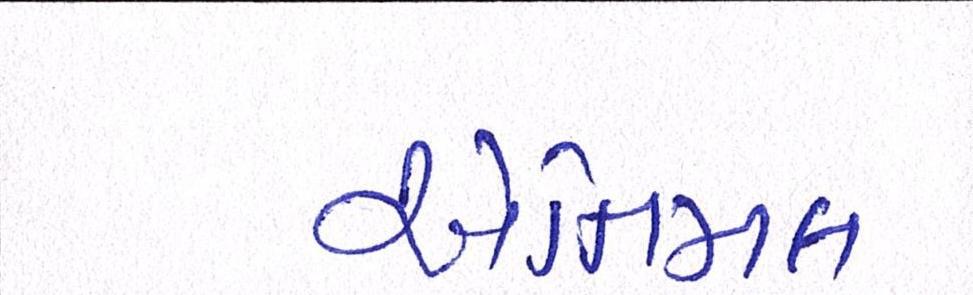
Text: એનિમલ